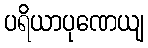
ပရိယာပုဏေယျ